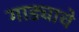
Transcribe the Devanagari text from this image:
गाड्याचे